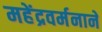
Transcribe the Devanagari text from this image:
महेंद्रवर्मनाने